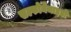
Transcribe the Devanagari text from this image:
सल्फोनेमाइडों